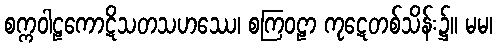
စက္ကဝါဠကောဋိသတသဟဿေ၊ စကြဝဠာ ကုဋေတစ်သိန်း၌။ မမ၊